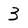
Character: 3